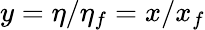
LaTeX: y=\eta/\eta_{f}=x/x_{f}